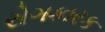
રોગકારક